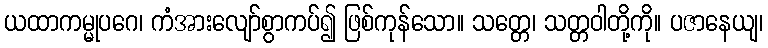
ယထာကမ္မုပဂေ၊ ကံအားလျော်စွာကပ်၍ ဖြစ်ကုန်သော။ သတ္တေ၊ သတ္တဝါတို့ကို။ ပဇာနေယျ၊